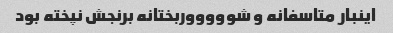
اینبار متاسفانه و شوووووربختانه برنجش نپخته بود